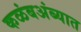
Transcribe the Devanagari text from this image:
कळंबअंब्यात